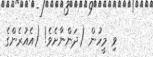
ވި މީހުން (ދަންނާށެވެ! (އެއުރެންގެ